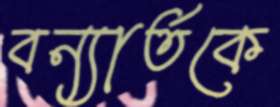
বন্যার্তকে